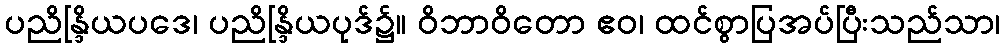
ပညိန္ဒြိယပဒေ၊ ပညိန္ဒြိယပုဒ်၌။ ဝိဘာဝိတော ဧဝ၊ ထင်စွာပြအပ်ပြီးသည်သာ၊